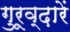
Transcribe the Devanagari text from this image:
गुरूव्‍द़ारें